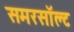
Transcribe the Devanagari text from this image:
समरसॉल्ट